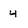
Character: 4